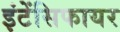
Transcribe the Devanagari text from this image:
इंटेंसिफायर